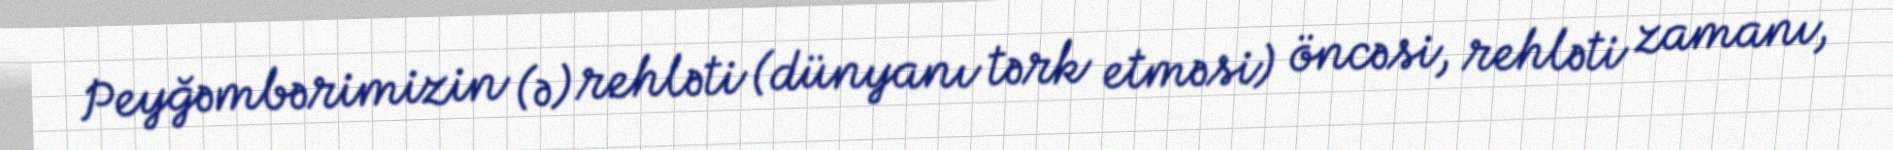
Peyğəmbərimizin (ə) rehləti (dünyanı tərk etməsi) öncəsi, rehləti zamanı,